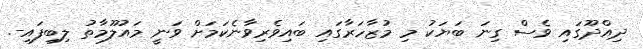
ދިއްދޫގައި ވެސް ގިނަ ބަޔަކު މި މުޒާހަރާގައި ބައިވެރިވާނެކަމަށް ވަނީ މައުލޫމާތު ލިބިފައި-.